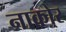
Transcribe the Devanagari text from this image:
नाकोर